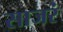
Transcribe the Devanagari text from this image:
साजरं